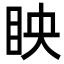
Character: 眏